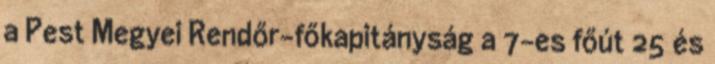
a Pest Megyei Rendőr-főkapitányság a 7-es főút 25 és